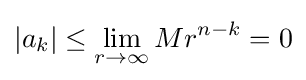
|a_{k}|\leq \lim _{r\to \infty }Mr^{n-k}=0